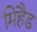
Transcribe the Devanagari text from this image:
मिहैड